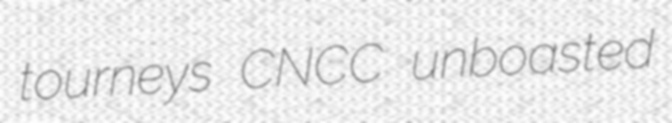
tourneys CNCC unboasted